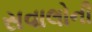
સવાલોની